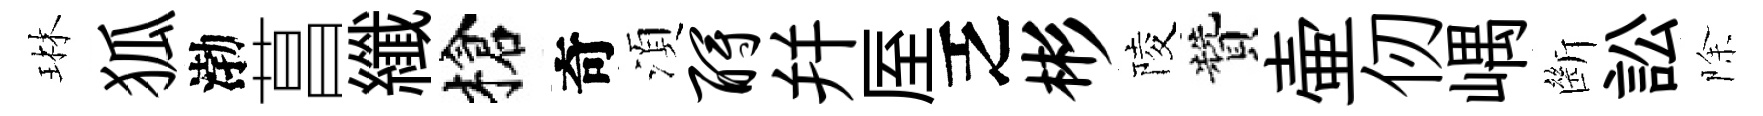
琳狐渤菖纖槍奇湏酹幷厔乏彬陵贊壷仞嵎㫁訟除